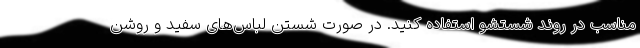
مناسب در روند شستشو استفاده کنید. در صورت شستن لباس‌های سفید و روشن